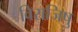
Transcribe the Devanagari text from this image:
विराजिषु